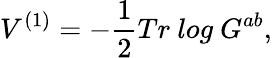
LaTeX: V^{(1)}=-\frac 12Tr~log~G^{ab},